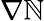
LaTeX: \nabla\mathbb{N}